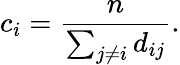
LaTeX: c_{i}=\frac{n}{\sum_{j\neq i}d_{ij}}.